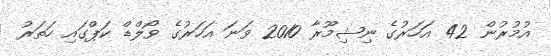
އުމުރުން 42 އަހަރުގެ ނިޝިމޫރާ 2010 ވަނަ އަހަރުގެ ވޯލްޑް ކަޕްގައި ހަތަރު